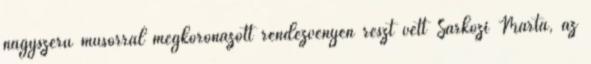
nagyszerű műsorral megkoronázott rendezvényen részt vett Sárközi Márta, az